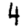
Digit: 4